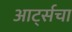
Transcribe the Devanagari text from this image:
आर्ट्सचा